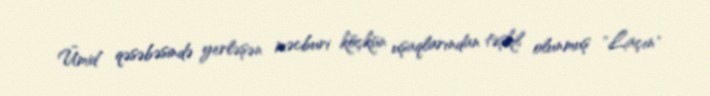
Ümid qəsəbəsində yerləşən məcburi köçkün uşaqlarından təşkil olunmuş "Laçın"